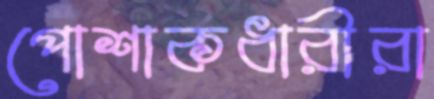
পোশাকধারীরা